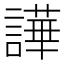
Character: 譁